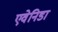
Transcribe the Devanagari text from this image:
एवेनिडा